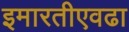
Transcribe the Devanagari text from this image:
इमारतीएवढा